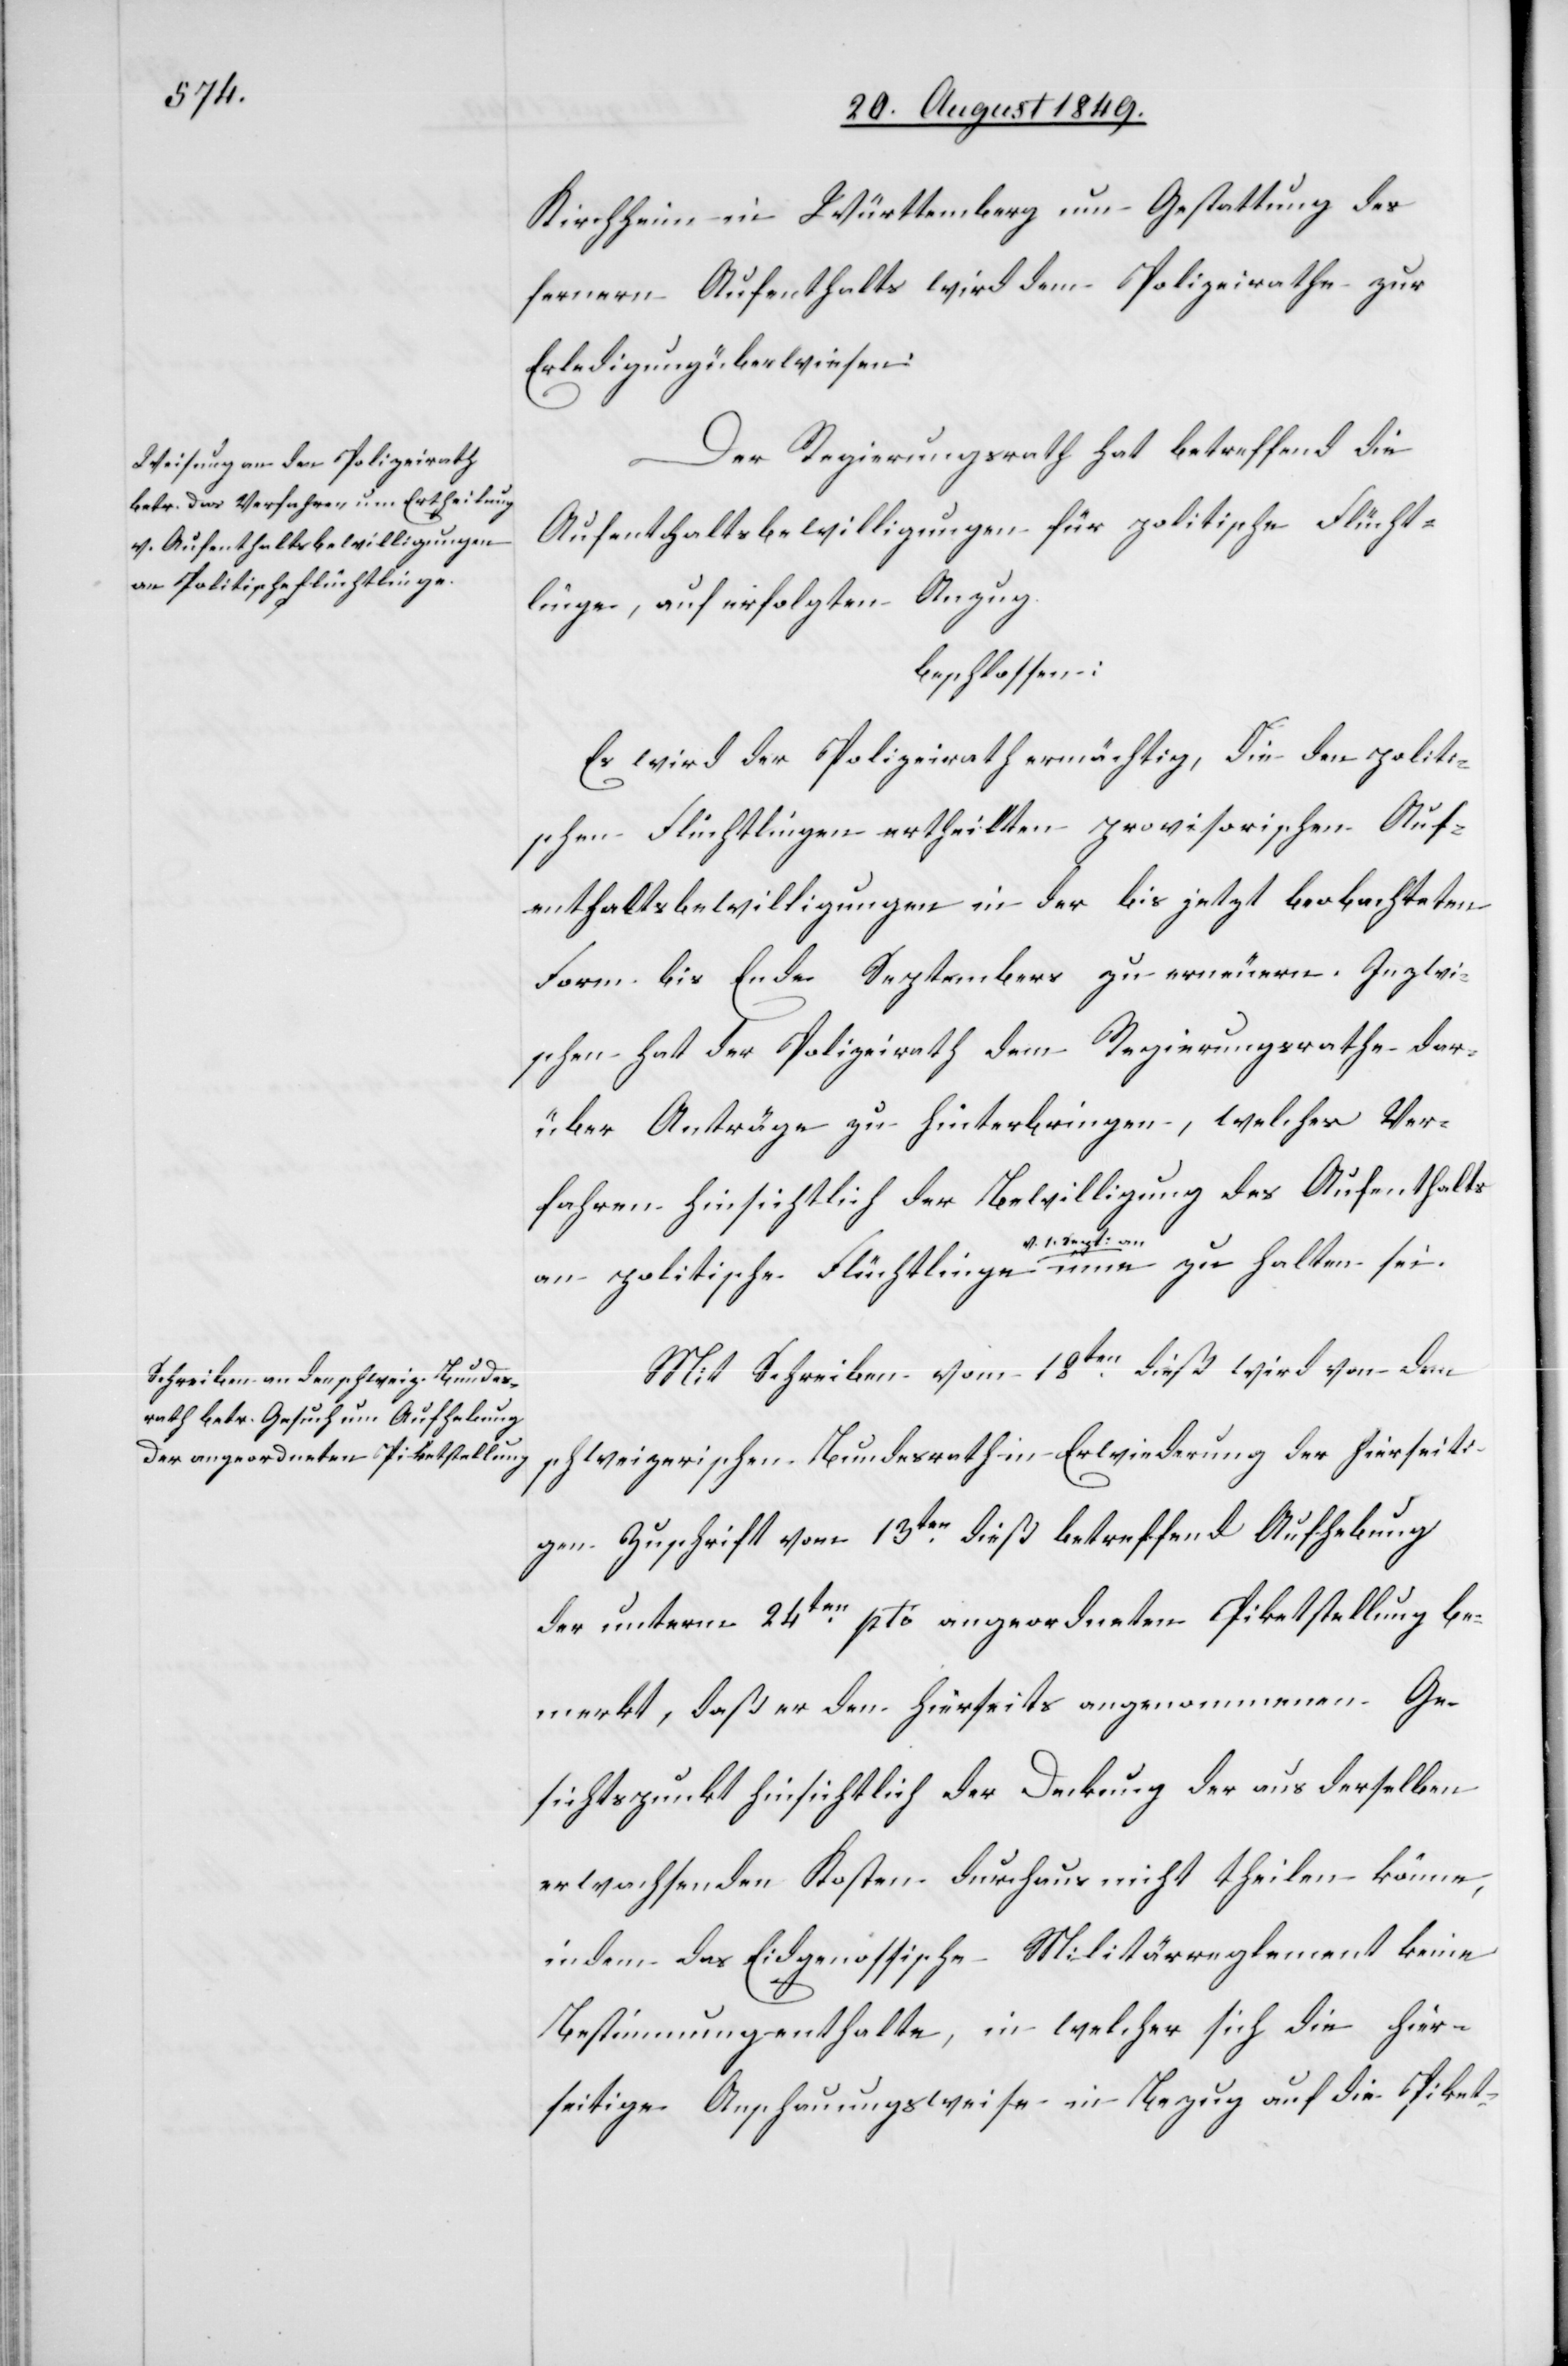
an politische Flüchtlinge

Kirchheim in Württemberg um Gestattung des
fernern Aufenthalts wird dem Polizeirathe zur
Erledigung überwiesen.
Der Regierungsrath hat betreffend die
Aufenthaltsbewilligungen für politische Flücht¬
linge, auf erfolgten Anzug
beschlossen:
Es wird der Polizeirath ermächtig[t], die den politi¬
schen Flüchtlingen ertheilten provisorischen Auf¬
enthaltsbewilligungen in der bis jetzt beobachteten
Form bis Ende Septembers zu erneuern. Inzwi¬
schen hat der Polizeirath dem Regierungsrathe dar¬
über Anträge zu hinterbringen, welches Ver¬
fahren hinsichtlich der Bewilligung des Aufenthalts
zu halten
Mit Schreiben vom 18ten dieß wird von dem
schweizerischen Bundesrath in Erwiederung der hierseiti¬
gen Zuschrift vom 13ten dieß betreffend Aufhebung
der unterm 24ten pto angeordneten Piketstellung be¬
merkt, daß er den hierseits angenommenen Ge¬
sichtspunkt hinsichtlich der Deckung der aus derselben
erwachsenden Kosten durchaus nicht theilen könne,
indem das Eidgenössische Militärreglement keine
Bestimmung enthalte, in welcher sich die hier¬
seitige Anschauungsweise in Bezug auf die Piket-